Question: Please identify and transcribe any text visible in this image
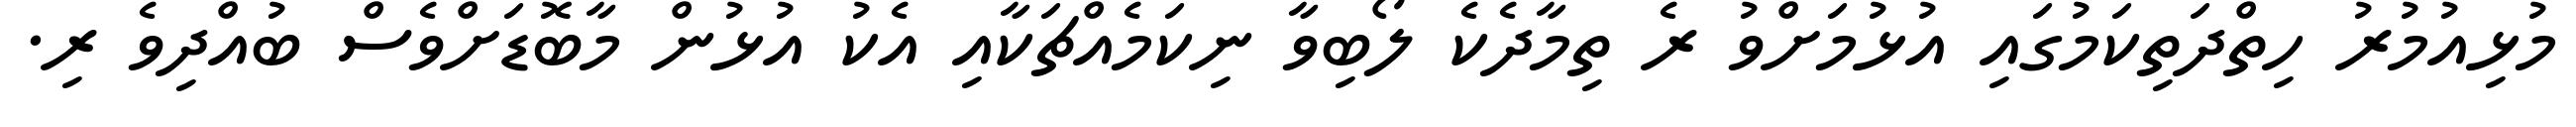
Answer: މުޅިއުމުރު ހިތްދަތިކަމުގައި އުޅުމަށްވު ރެ ތިމާދެކެ ލޯބިވާ ނިކަމެއްޗަކާއި އެކު އުޅުން މާބޮޑަށްވެސް ބުއްދިވެ ރި.